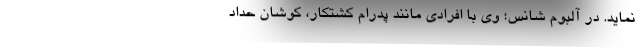
نماید. در آلبوم شانس؛ وی با افرادی مانند پدرام کشتکار، کوشان حداد